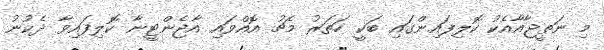
މި ނަތީޖާއާއެކު ކޮލިފައިންގައި ބަކީ ހަތަރު މެޗު އޮއްވައި އާޖެންޓީނާ ކޮލިފައިވާ ދެކުނު